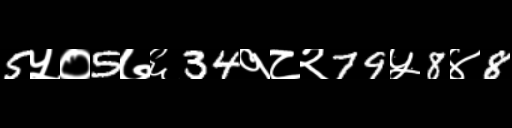
Text: 5५०5७६34१८२79५8४8